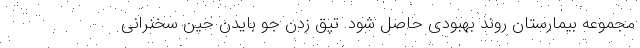
مجموعه بیمارستان روند بهبودی حاصل شود. تپق زدن جو بایدن حین سخنرانی